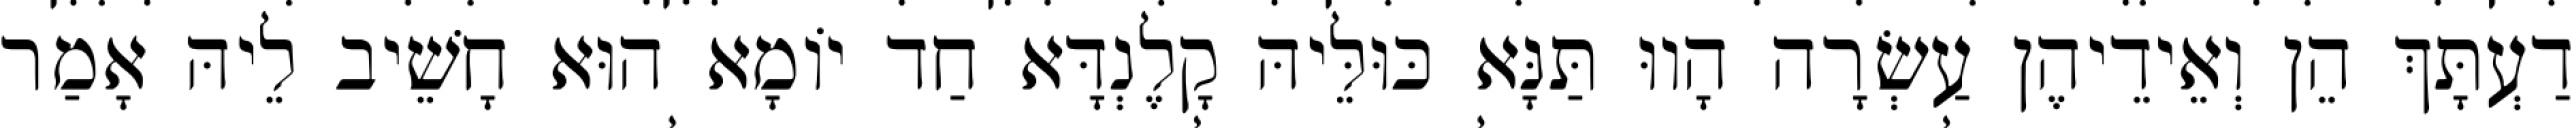
דַעְתָּךְ הֵן וְאֵידֵיהֶן עַשְׂרָה הָווּ תַּנָּא כּוּלֵּיהּ קָלֶנְדָּא חַד יוֹמָא הוּא חָשֵׁיב לֵיהּ אָמַר